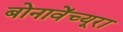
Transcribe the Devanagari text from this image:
बोनावेंच्यूरा